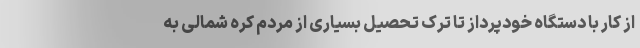
از کار با دستگاه خودپرداز تا ترک تحصیل بسیاری از مردم کره شمالی به